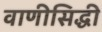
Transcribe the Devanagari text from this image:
वाणीसिद्धी